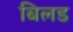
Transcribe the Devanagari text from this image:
बिलड